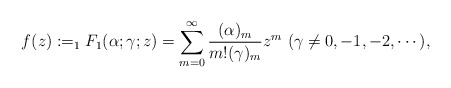
\begin{align*}f(z):=_{1}F_{1}(\alpha;\gamma;z)=\sum_{m=0}^{\infty}\frac{(\alpha)_{m}}{m!(\gamma)_{m}}z^{m}\ (\gamma\neq 0,-1,-2,\cdots),\end{align*}